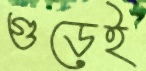
গুড়েই